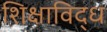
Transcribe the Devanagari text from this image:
शिक्षाविद्ध